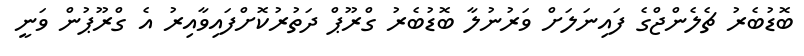
ބޮޑުބެރު ޗެލެންޖްގެ ފައިނަލަށް ވަރުނުލާ ބޮޑުބެރު ގްރޫޕް ދަތުރުކޮށްފައިވާއިރު އެ ގްރޫޕުން ވަނީ